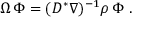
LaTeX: \Omega \: \Phi = ( D ^ { * } \nabla ) ^ { - 1 } \rho \: \Phi \; .